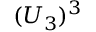
( U _ { 3 } ) ^ { 3 }